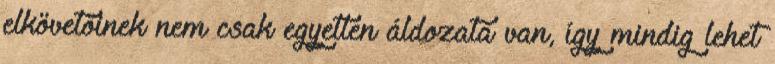
elkövetőinek nem csak egyetlen áldozata van, így mindig lehet